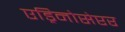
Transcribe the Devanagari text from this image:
एड्रिनोसेप्टर